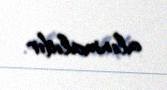
alınmalıdır.